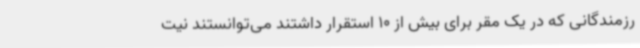
رزمندگانی که در یک مقر برای بیش از 10 استقرار داشتند می‌توانستند نیت